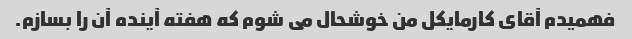
فهمیدم آقای کارمایکل من خوشحال می شوم که هفته آینده آن را بسازم.